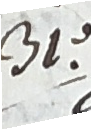
31.